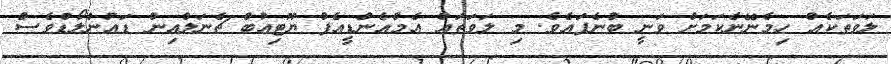
ލަވަތަކެއް ހިމެނޭނެކަމަށް ވަނީ ބުނެފައެވެ. މި ލަވަތައް އެމްއެންޑީއެފް ޔޫޓިއުބް ޗެނަލްއިން ޑައުންލޯޑްވެސް